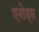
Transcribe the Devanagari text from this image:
एनोड्स